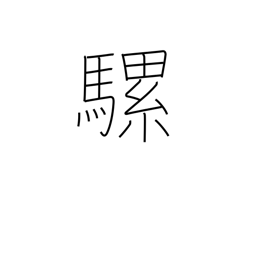
Meaning: mule